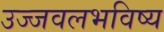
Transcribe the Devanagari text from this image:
उज्जवलभविष्य